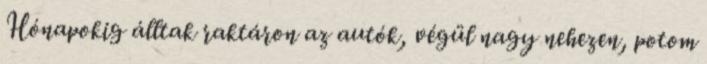
Hónapokig álltak raktáron az autók, végül nagy nehezen, potom